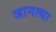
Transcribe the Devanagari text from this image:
जानत्या